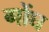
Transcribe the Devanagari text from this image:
गोंघ